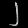
Digit: ၂